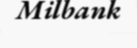
Milbank